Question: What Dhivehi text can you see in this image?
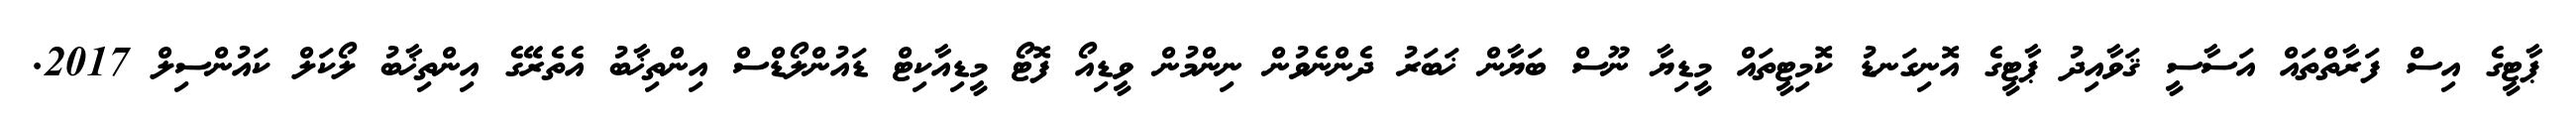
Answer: ޕާޓީގެ އިސް ފަރާތްތައް އަސާސީ ޤަވާއިދު ޕާޓީގެ އޮނިގަނޑު ކޮމިޓީތައް މީޑިޔާ ނޫސް ބަޔާން ޚަބަރު ދެންނެވުން ނިންމުން ވީޑިއޯ ފޮޓޯ މީޑިއާކިޓް ޑައުންލޯޑްސް އިންތިޚާބު އެތެރޭގެ އިންތިޚާބު ލޯކަލް ކައުންސިލް 2017.